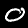
Digit: 0